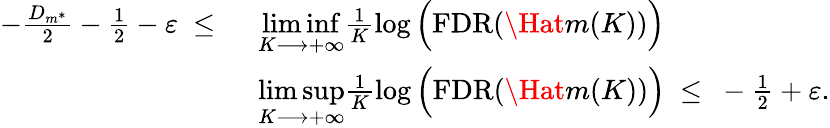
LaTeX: \begin{array}{rl}{-\frac{D_{m^{*}}}{2}-\frac{1}{2}-\varepsilon\ \leq\ }&{\underset{K\longrightarrow+\infty}{\operatorname*{lim}\operatorname*{inf}}\frac{1}{K}\log\Big(\mathrm{FDR}(\Hat{m}(K))\Big)}\\ &{\underset{K\longrightarrow+\infty}{\operatorname*{lim}\operatorname*{sup}}\frac{1}{K}\log\Big(\mathrm{FDR}(\Hat{m}(K))\Big)\ \leq\ -\frac{1}{2}+\varepsilon.}\end{array}